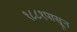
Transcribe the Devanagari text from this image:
१८८१पासून